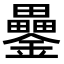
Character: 𨯔